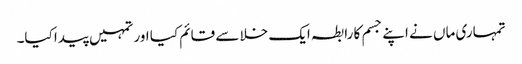
تمہاری ماں نے اپنے جسم کا رابطہ ایک خلا سے قائم کیا اور تمہیں پیدا کیا۔